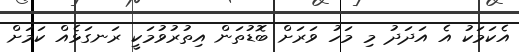
އެކަމަކު އެ އަދަދު މި މަހު ވަރަށް ބޮޑުތަން އިތުރުވުމަކީ ރަނގަޅެއް ކަމަށް